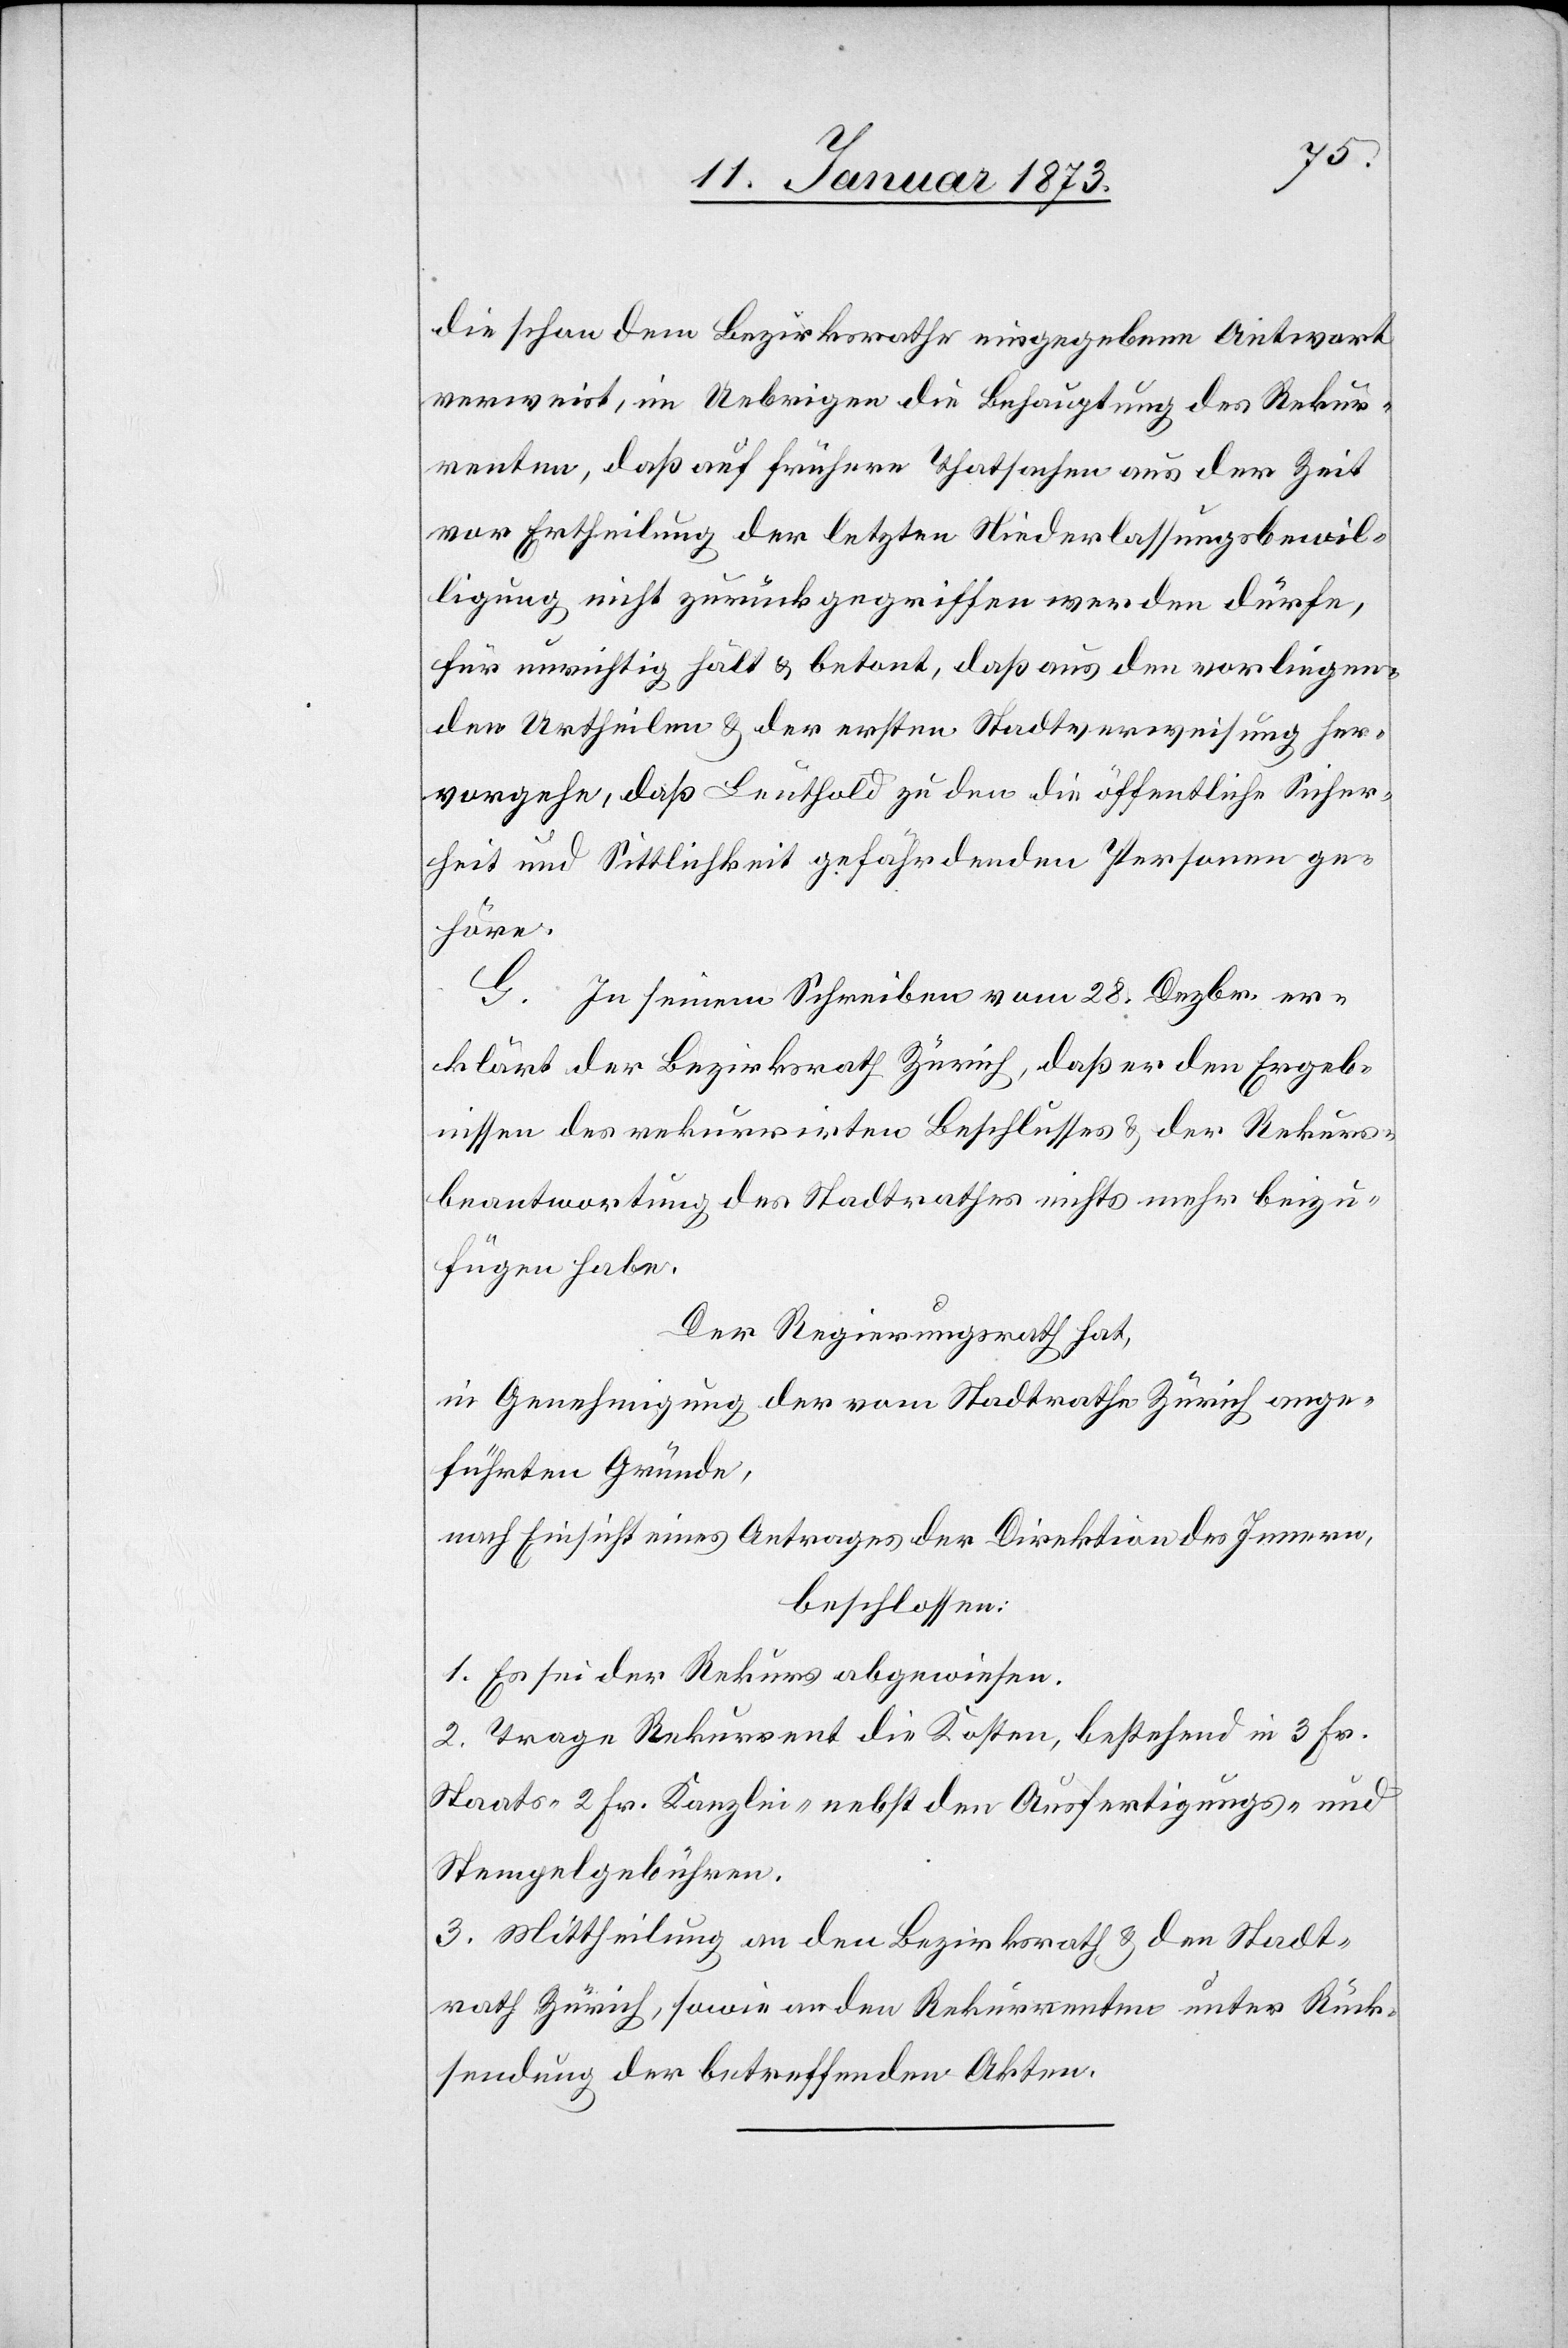
die schon dem Bezirksrathe eingegebene Antwort
verweist, im Uebrigen die Behauptung des Rekur¬
renten, daß auf frühern Thatsachen aus der Zeit
vor Ertheilung der letzten Niederlassungsbewil¬
ligung nicht zurückgegriffen werden dürfe,
für unrichtig hält & betont, daß aus den vorliegen¬
den Urtheilen & der ersten Stadtverweisung her¬
vorgehe, daß Leuthold zu den die öffentliche Sicher¬
heit und Sittlichkeit gefährdenden Personen ge¬
höre.
G. in seinem Schreiben vom 28. Dezbr. er¬
klärt der Bezirksrath Zürich, daß er den Ergeb¬
nissen des rekurrirten Beschlusses & der Rekurs¬
beantwortung des Stadtrathes nichts mehr beizu¬
fügen habe.
Der Regierungsrath hat,
in Genehmigung der vom Stadtrathe Zürich ange¬
führten Gründe,
nach Einsicht eines Antrages der Direktion des Innern,
beschloßen:
1. Es sei der Rekurs abgewiesen.
2. Trage Rekurrent die Kosten, bestehend in 3 Fr.
Staats-[,] 2 Fr. Kanzlei- nebst den Ausfertigungs- und
Stempelgebühren.
3. Mittheilung an den Bezirksrath & den Stadt¬
rath Zürich, sowie an den Rekurrenten unter Rück¬
sendung der betreffenden Akten.